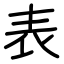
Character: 表